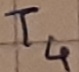
Text: T4